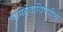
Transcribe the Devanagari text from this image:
चांगदेवाविषयीचे